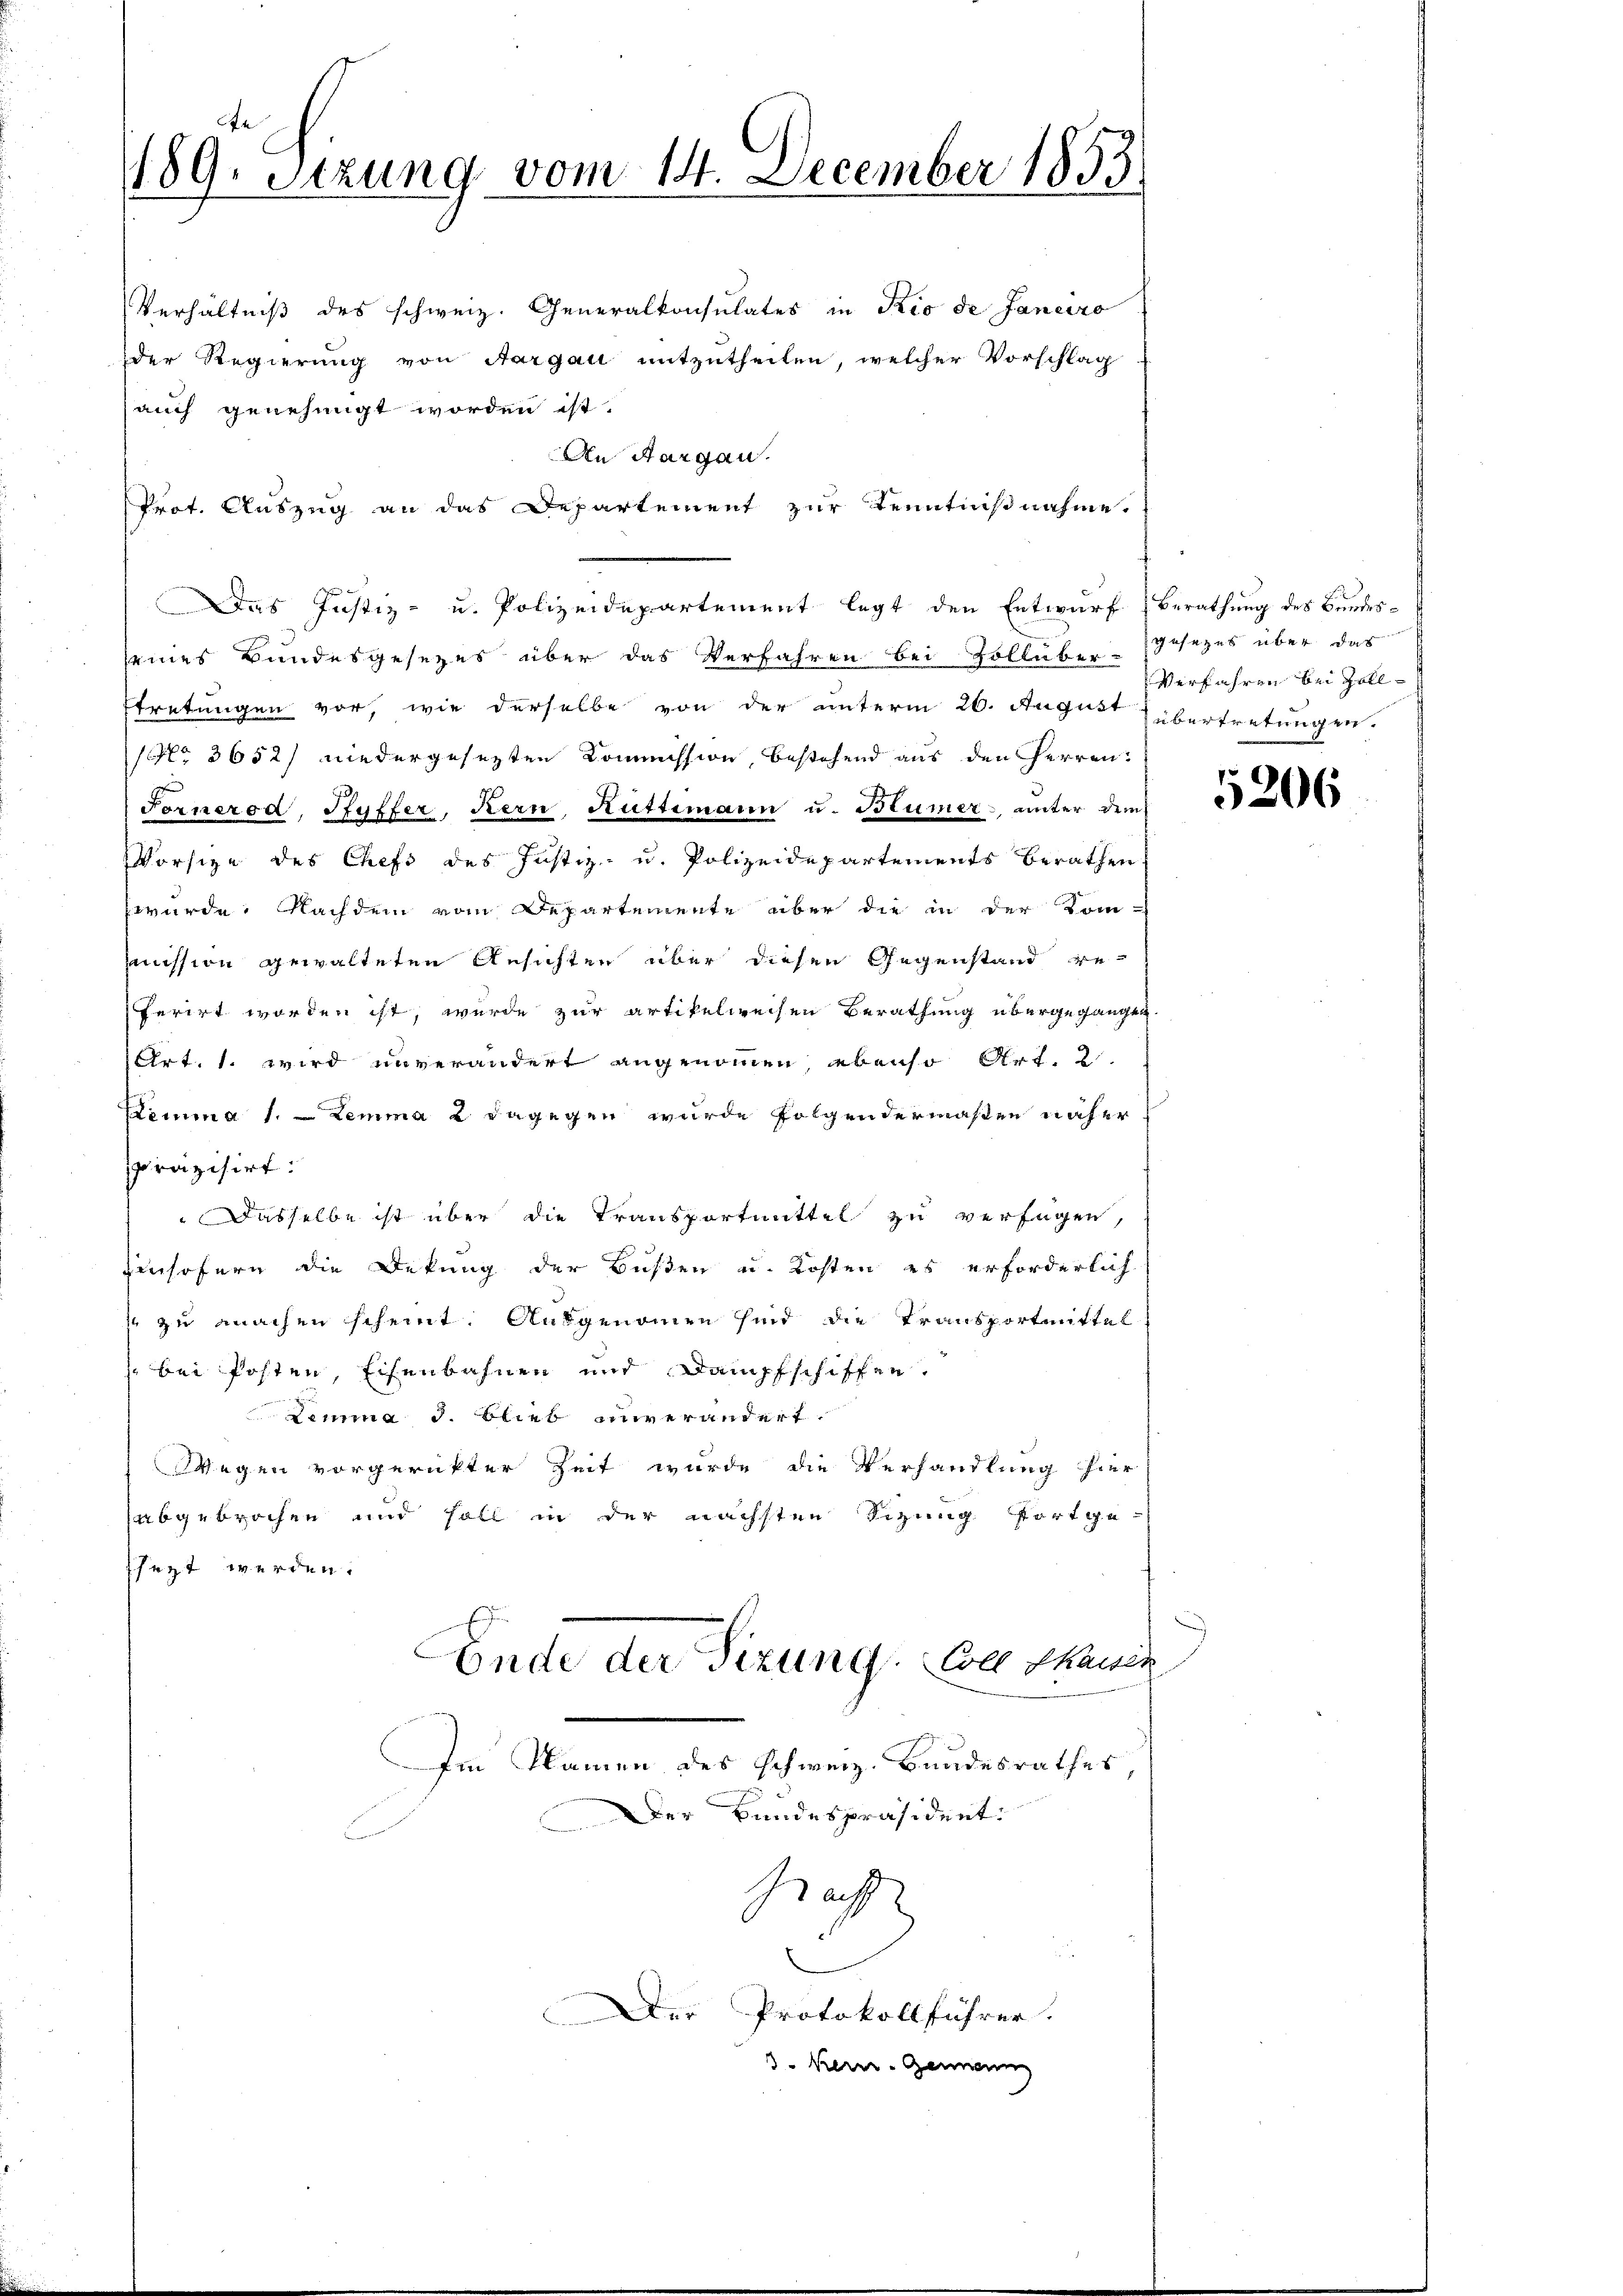
189. Sitzung vom 14. December 1853

Verhältniß des schweiz. Generalkonsulates in Rio de Janeiro
der Regierung von Aargau mitzutheilen, welcher Vorschlag
auch genehmigt worden ist.
An Aargau.
Prot. Auszug an das Departement zur Kenntnißnahme.
Das Justiz- u. Polizeidepartement legt den Entwurf, Berathung des Bundesseines Bundesgesezes über das Verfahren bei Zollüber-Gesezes über das
tretungen vor, wie derselbe von der unterm 26. August übertretungen
No 3652/ niedergesezten Kommission bestehend aus den Herren:
Fornerod, Ryffer, Kern, Rüttimann u. Blümer, unter dem
Vorsize des Chefs des Justiz- u. Polizeidepartements berathen
würde. Nachdem vom Departemente über die in der Kom-
mission gewalteten Ansichten über diesen Gegenstand referirt worden ist, wurde zur artikelweisen Berathung übergegangen.
Art. 1. wird unverändert angenommen, ebenso Art. 2
Lemma 1. Lemma 2 dagegen wurde folgendermaßen näher
präzisirt:
Dasselbe ist über die Transportmittel zu verfügen,
insofern die Dekung der Bußen u. Kosten es erforderlich
 zu machen scheint. Ausgenommen sind die Transportmittel
bei Posten, Eisenbahnen und Dampfschiffen.
Lemma 3. Blieb einverändert.
Wegen vorgerückter Zeit wurde die Verhandlung hier
abgebrochen und soll in der nächsten Sizung fortge-
sezt werden.
Ende der Sizung. Die Sanit
Am Namen des Schweiz. Bandesrathes
Der Bundespräsident.
Sach

Der Protokollführer.
3. Kern Gemein

Verfahren bei Zoll¬

1206